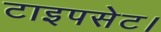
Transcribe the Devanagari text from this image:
टाइपसेट।